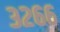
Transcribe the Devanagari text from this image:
३२६६